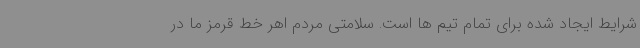
شرایط ایجاد شده برای تمام تیم ها است. سلامتی مردم اهر خط قرمز ما در